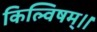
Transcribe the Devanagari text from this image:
किल्विषम्।।